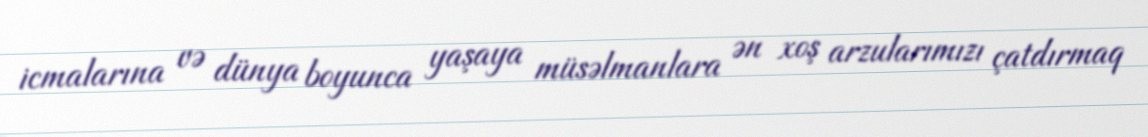
icmalarına və dünya boyunca yaşaya müsəlmanlara ən xoş arzularımızı çatdırmaq